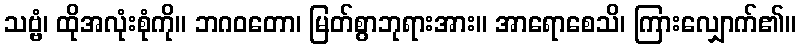
သဗ္ဗံ၊ ထိုအလုံးစုံကို။ ဘဂဝတော၊ မြတ်စွာဘုရားအား။ အာရောစေသိ၊ ကြားလျှောက်၏။